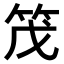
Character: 𫁸